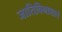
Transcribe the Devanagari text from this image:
जातिविनाशाचे